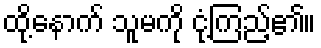
ထို့နောက် သူမကို ငုံ့ကြည့်၏။